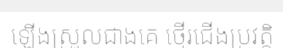
ឡើងស្រួលជាងគេ ថ្មើរជើងប្រវត្តិ